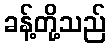
ခန့်တို့သည်